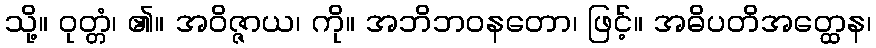
သို့။ ဝုတ္တံ၊ ၏။ အဝိဇ္ဇာယ၊ ကို။ အဘိဘဝနတော၊ ဖြင့်။ အဓိပတိအတ္ထေန၊